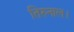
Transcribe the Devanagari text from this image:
तिरुनाल।